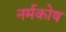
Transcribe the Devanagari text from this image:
नर्मकोष